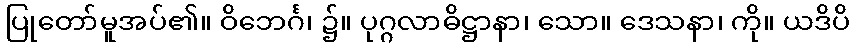
ပြုတော်မူအပ်၏။ ဝိဘေင်္ဂ၊ ၌။ ပုဂ္ဂလာဓိဋ္ဌာနာ၊ သော။ ဒေသနာ၊ ကို။ ယဒိပိ